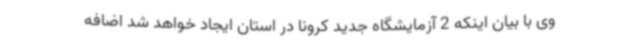
وی با بیان اینکه 2 آزمایشگاه جدید کرونا در استان ایجاد خواهد شد اضافه